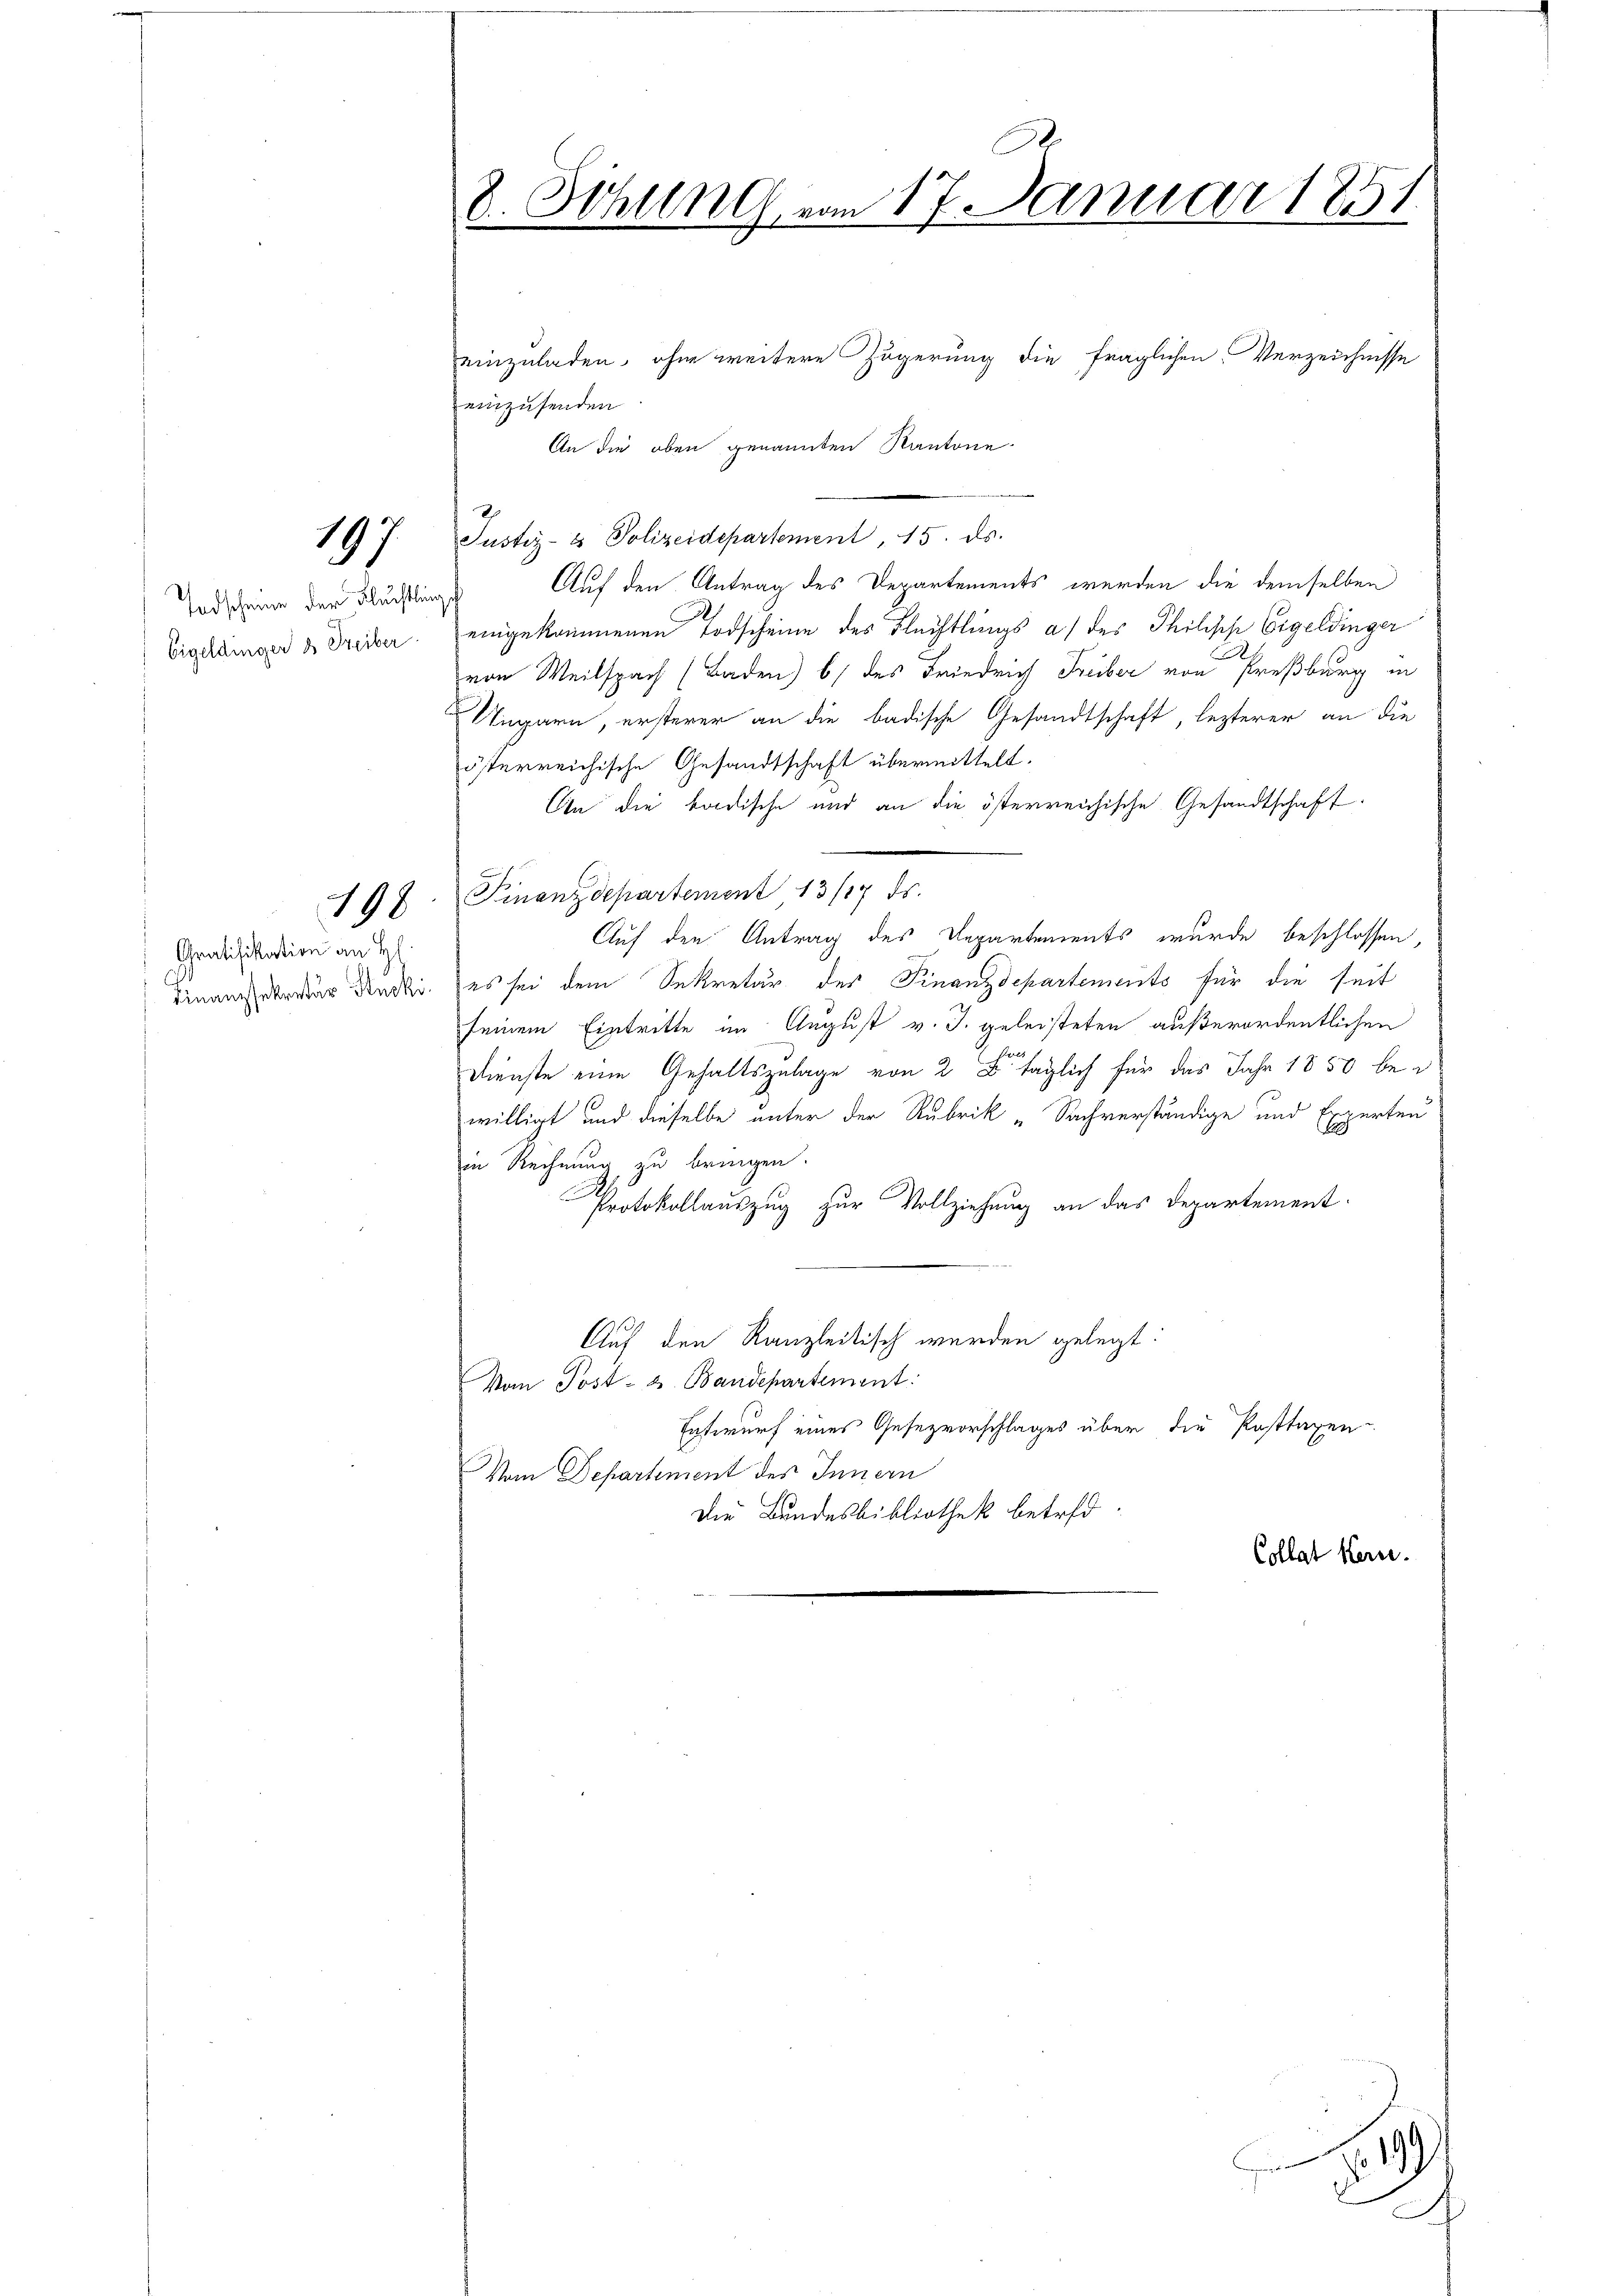
1
9

Endscheine der Fluchtling
Eigeldinger & Treiber

198

Gratifikation an H

8. Sitzung vom 17. Januar 1851.

einzuladen, ohne weitere Zögerung die fraglichen Verzeichnisse
einzusenden
An die oben genannten Kantone.
Justiz- & Polizeidepartement, 15. ds.
Auf den Antrag des Departements werden die demselben
eingekommenen Todscheine des Flechtlings a) des Philisch Eigeldinger
.
von Weilspach (Baden) b) des Friedrich Freiber von Preßburg in
Ungarn, ersterer an die badische Gesandtschaft, lezterer an die
österreichische Gesandtschaft übermittelt.
An die badische und an die österreichische Gesandtschaft
Finanzdepartement 13/17 ds.
Auf den Antrag des Departements wurde beschlossen,
Finanzerer Stadt es sei dem Sekretär der Finanzdepartements für die seit
seinem Eintritte im August v. J. geleisteten außerordentlichen
Dienste eine Gehaltszulage von 2 täglich für das Jahr 1850 bei
willigt und dieselbe unter der Rubrik „Sachverständige und Experten
in Rechnung zu bringen.
Protokollauszug zur Vollziehung an das Departement
Auf den Kanzleitisch werden gelegt:
Von Post- u. Bandepartement:
Entwurf eines Gesezvorschlages über die Posttagen
Vom Departement des Innern
Die Bundesbibliothek betref¬
Collat Kerne.

99